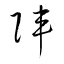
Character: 陣